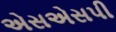
એસએસપી